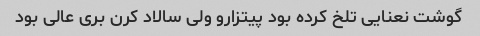
گوشت نعنایی تلخ کرده بود پیتزارو ولی سالاد کرن بری عالی بود